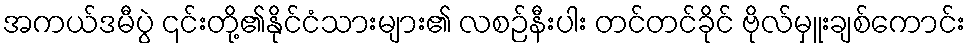
အကယ်ဒမီပွဲ ၎င်းတို့၏နိုင်ငံသားများ၏ လစဉ်နီးပါး တင်တင်ခိုင် ဗိုလ်မှူးချစ်ကောင်း